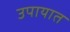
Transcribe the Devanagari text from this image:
उपायात